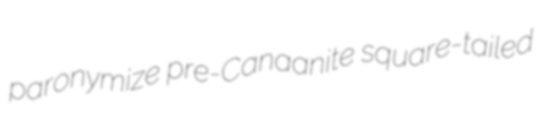
paronymize pre-Canaanite square-tailed